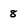
Character: 8